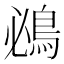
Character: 鴓